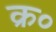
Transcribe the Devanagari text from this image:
क्र०